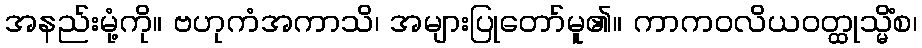
အနည်းမုံ့ကို။ ဗဟုကံအကာသိ၊ အများပြုတော်မူ၏။ ကာကဝလိယဝတ္ထုသ္မိံစ၊